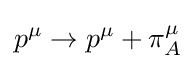
p^{\mu }\rightarrow p^{\mu }+\pi _{A}^{\mu }